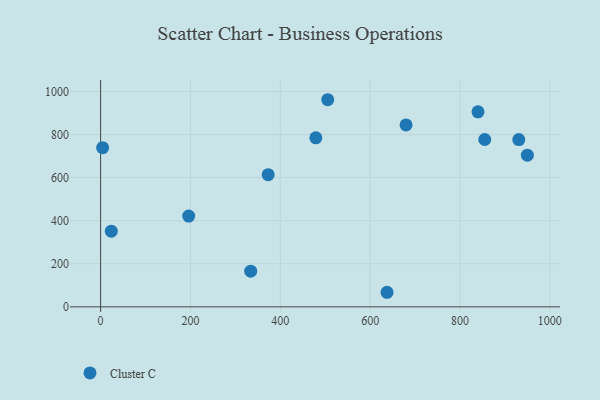
{"axis": {"x": "Experience", "y": "Exam Score"}, "legend": ["Cluster C"], "data": [{"x": "855.1", "y": 777.1, "type": "Cluster C"}, {"x": "4.5", "y": 739.1, "type": "Cluster C"}, {"x": "930.9", "y": 776.8, "type": "Cluster C"}, {"x": "840.1", "y": 905.5, "type": "Cluster C"}, {"x": "950.0", "y": 704.2, "type": "Cluster C"}, {"x": "679.9", "y": 844.6, "type": "Cluster C"}, {"x": "196.1", "y": 421.5, "type": "Cluster C"}, {"x": "479.1", "y": 784.6, "type": "Cluster C"}, {"x": "373.0", "y": 613.8, "type": "Cluster C"}, {"x": "637.6", "y": 67.6, "type": "Cluster C"}, {"x": "23.8", "y": 351.4, "type": "Cluster C"}, {"x": "505.6", "y": 961.7, "type": "Cluster C"}, {"x": "334.1", "y": 165.7, "type": "Cluster C"}]}